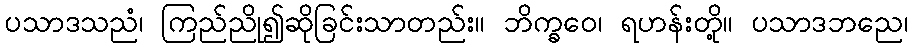
ပသာဒသညံ၊ ကြည်ညို၍ဆိုခြင်းသာတည်း။ ဘိက္ခဝေ၊ ရဟန်းတို့။ ပသာဒဘညေ၊